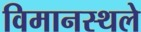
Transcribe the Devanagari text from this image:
विमानस्थले